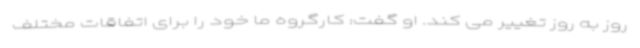
روز به روز تغییر می کند. او گفت: کارگروه ما خود را برای اتفاقات مختلف